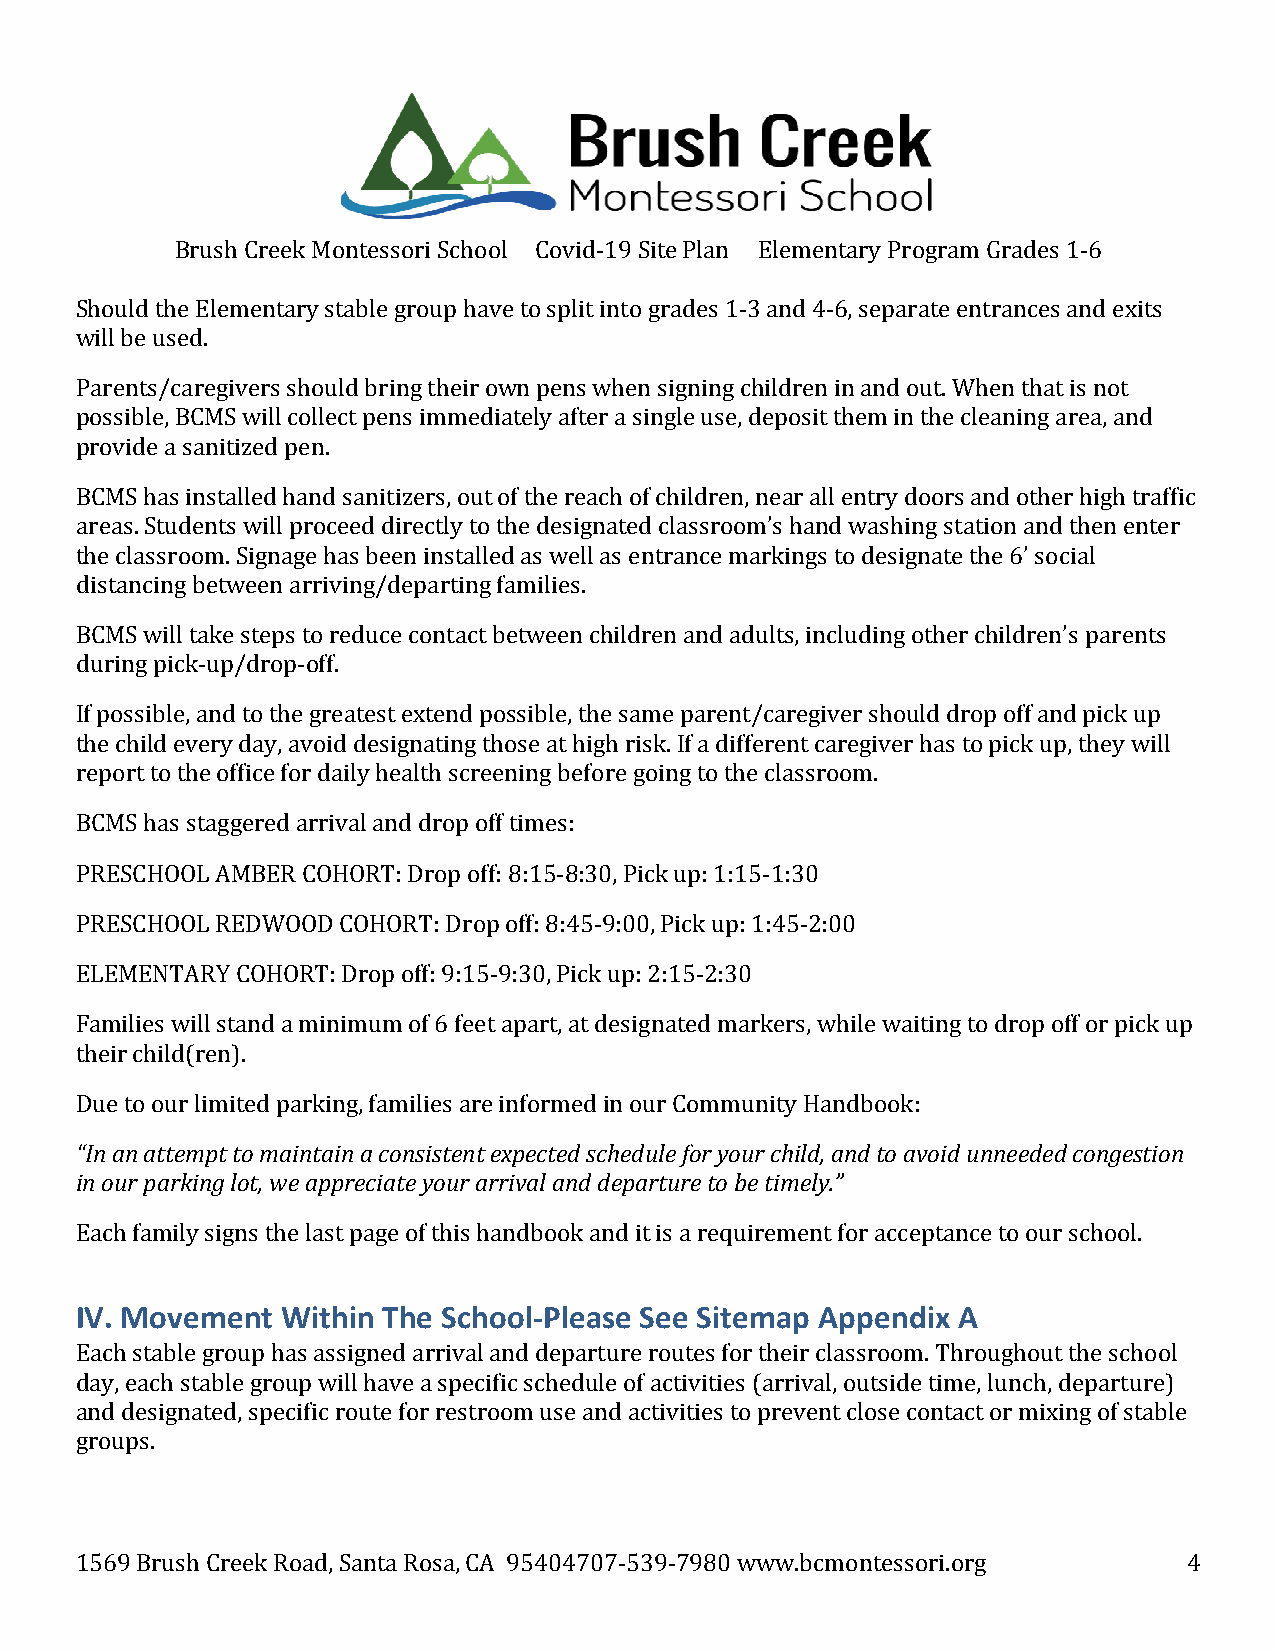
Brush Creek Montessori School Covid-19 Site Plan Elementary Program Grades 1-6
 Should the Elementary stable group have to split into grades 1-3 and 4-6, separate entrances and exits
 will be used.
 Parents/caregivers should bring their own pens when signing children in and out. When that is not
 possible, BCMS will collect pens immediately after a single use, deposit them in the cleaning area, and
 provide a sanitized pen.
 BCMS has installed hand sanitizers, out of the reach of children, near all entry doors and other high traffic
 areas. Students will proceed directly to the designated classroom’s hand washing station and then enter
 the classroom. Signage has been installed as well as entrance markings to designate the 6’ social
 distancing between arriving/departing families.
 BCMS will take steps to reduce contact between children and adults, including other children’s parents
 during pick-up/drop-off.
 If possible, and to the greatest extend possible, the same parent/caregiver should drop off and pick up
 the child every day, avoid designating those at high risk. If a different caregiver has to pick up, they will
 report to the office for daily health screening before going to the classroom.
 BCMS has staggered arrival and drop off times:
 PRESCHOOL AMBER COHORT: Drop off: 8:15-8:30, Pick up: 1:15-1:30
 PRESCHOOL REDWOOD COHORT: Drop off: 8:45-9:00, Pick up: 1:45-2:00
 ELEMENTARY COHORT: Drop off: 9:15-9:30, Pick up: 2:15-2:30
 Families will stand a minimum of 6 feet apart, at designated markers, while waiting to drop off or pick up
 their child(ren).
 Due to our limited parking, families are informed in our Community Handbook:
 “In an attempt to maintain a consistent expected schedule for your child, and to avoid unneeded congestion
 in our parking lot, we appreciate your arrival and departure to be timely.”
 Each family signs the last page of this handbook and it is a requirement for acceptance to our school.
 IV. Movement  Within The School-Please See Sitemap Appendix A
 Each stable group has assigned arrival and departure routes for their classroom. Throughout the school
 day, each stable group will have a specific schedule of activities (arrival, outside time, lunch, departure)
 and designated, specific route for restroom use and activities to prevent close contact or mixing of stable
 groups.
 1569 Brush Creek Road, Santa Rosa, CA 95404707-539-7980 www.bcmontessori.org 4